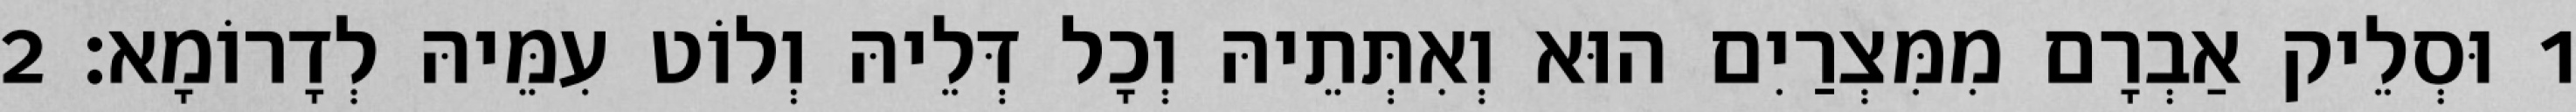
1 וּסְלֵיק אַבְרָם מִמִּצְרַיִם הוּא וְאִתְּתֵיהּ וְכָל דְּלֵיהּ וְלוֹט עִמֵּיהּ לְדָרוֹמָא׃ 2